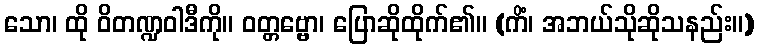
သော၊ ထို ဝိတဏ္ဍဝါဒီကို။ ဝတ္တဗ္ဗော၊ ပြောဆိုထိုက်၏။ (ကိံ၊ အဘယ်သိုဆိုသနည်း။)